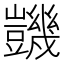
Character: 𧰙